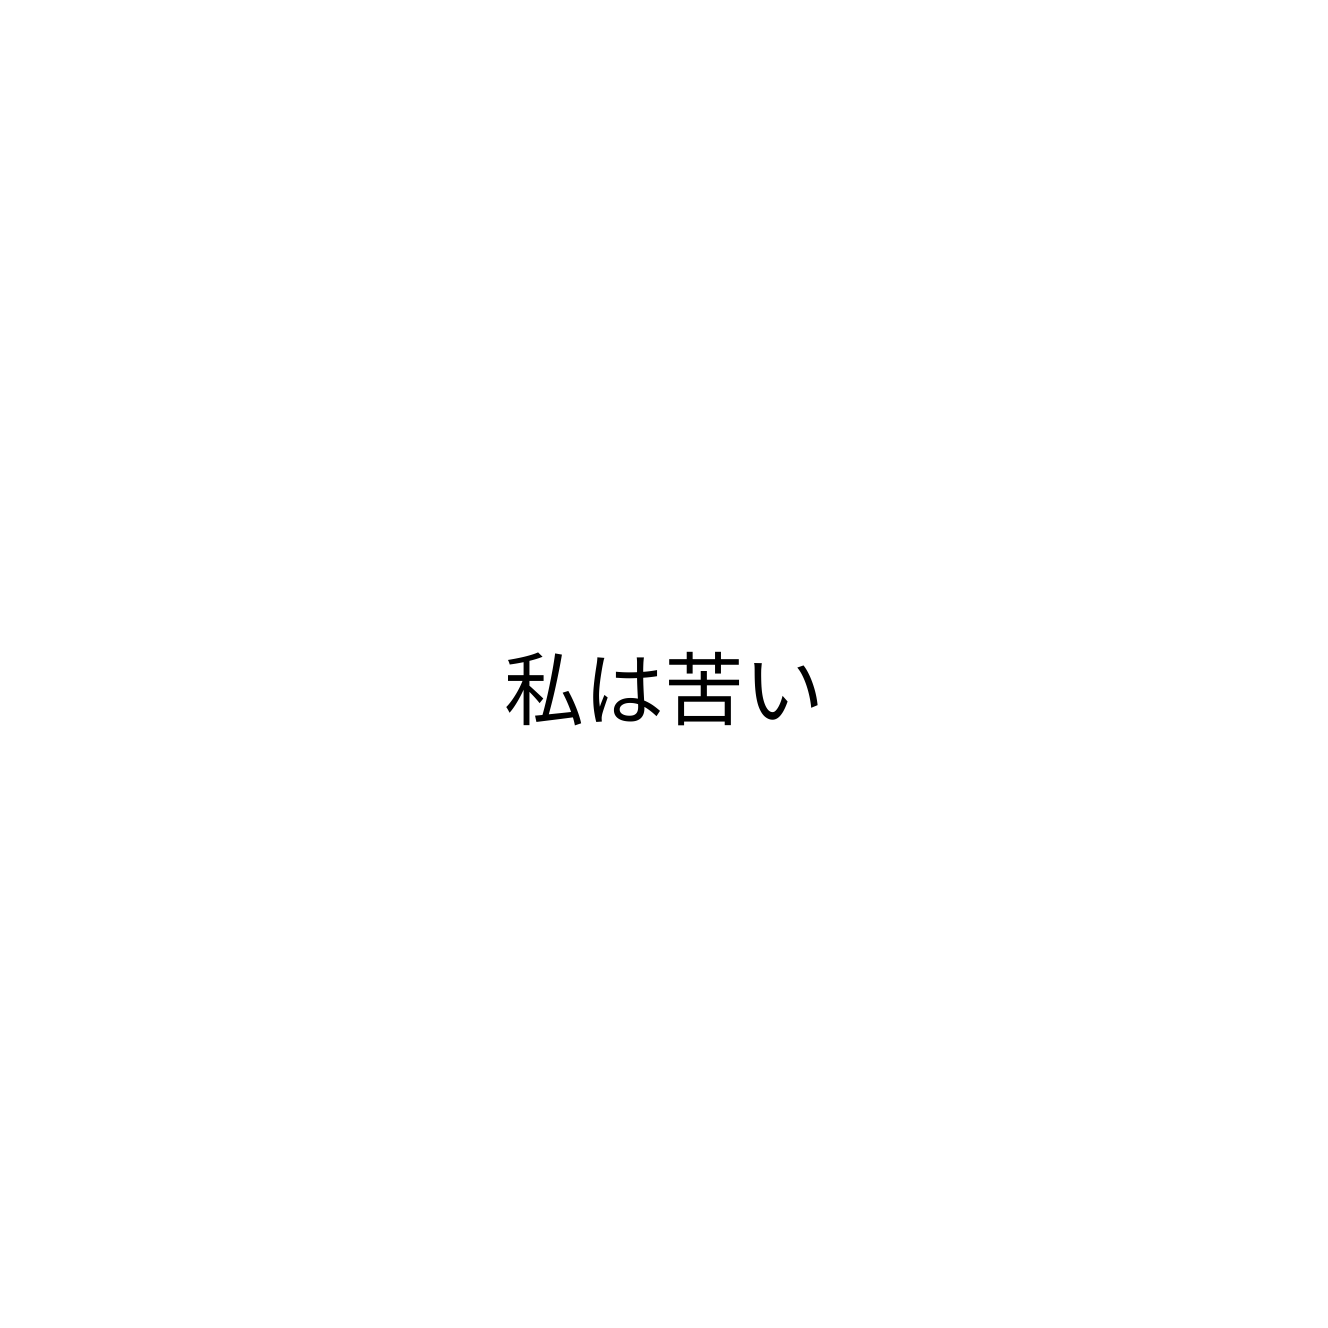
私は苦い